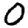
Digit: 0